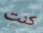
كنت